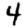
Digit: 4